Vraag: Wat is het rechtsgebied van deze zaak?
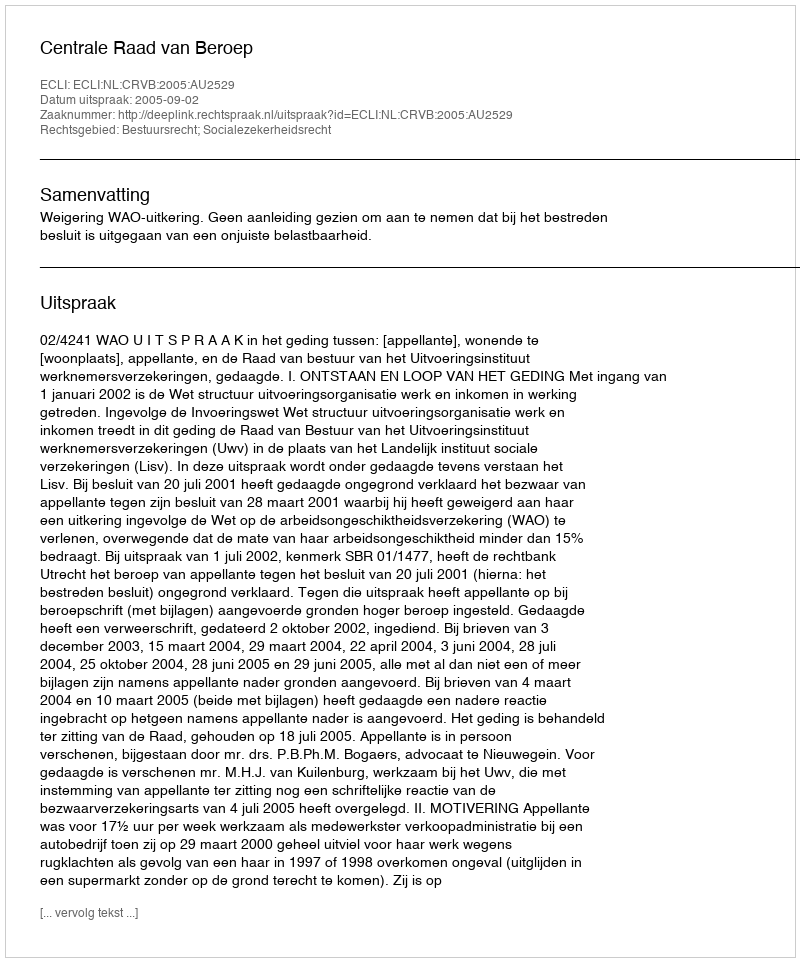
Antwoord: Bestuursrecht; Socialezekerheidsrecht